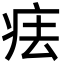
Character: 㾀